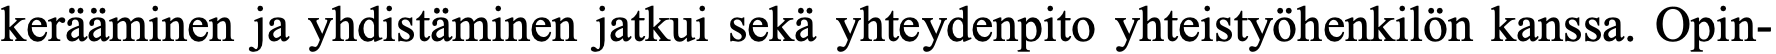
kerääminen ja yhdistäminen jatkui sekä yhteydenpito yhteistyöhenkilön kanssa. Opin-